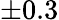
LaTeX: \pm 0.3